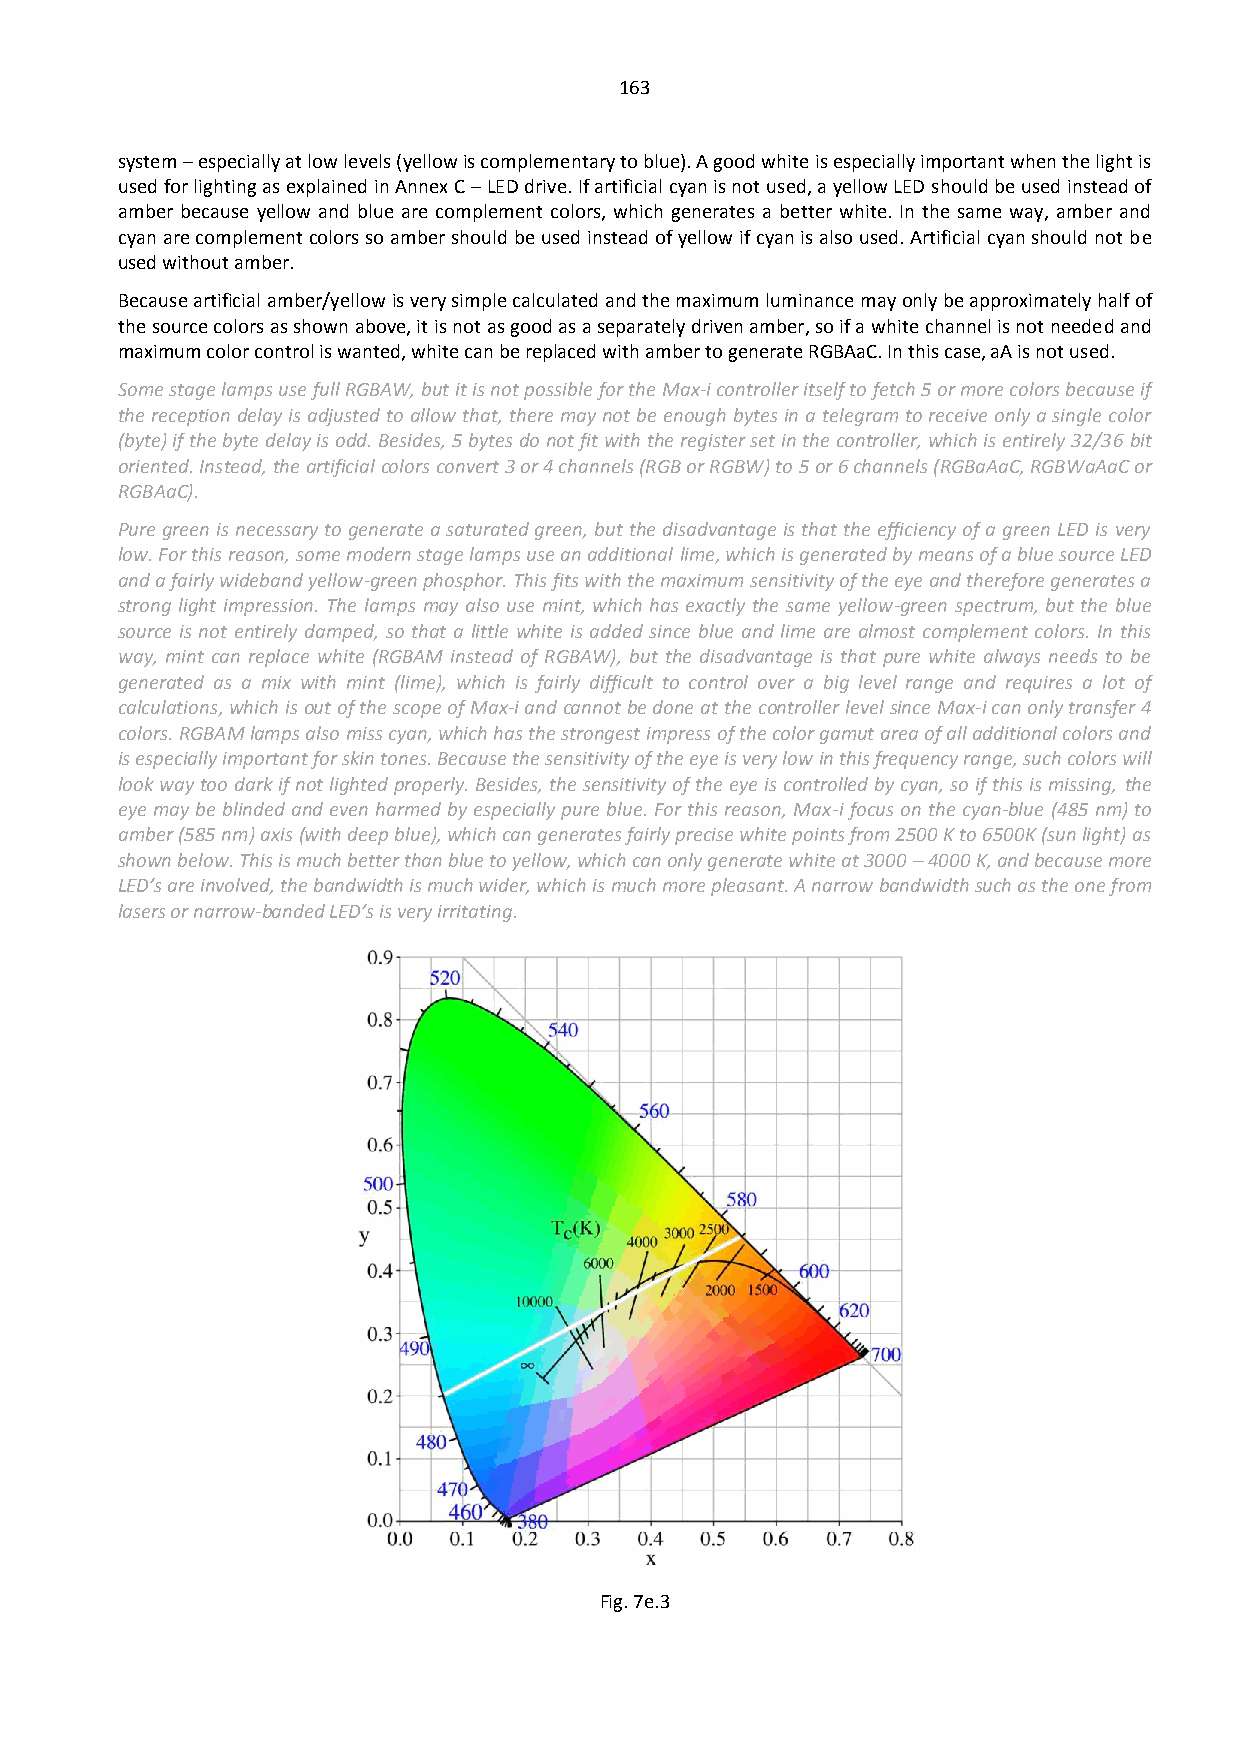
163
 system – especially at low levels (yellow is complementary to blue). A good white is especially important when the light is
 used for lighting as explained in Annex C – LED drive. If artificial cyan is not used, a yellow LED should be used instead of
 amber because yellow and blue are complement colors, which generates a better white. In the same way, amber and
 cyan are complement colors so amber should be used instead of yellow if cyan is also used. Artificial cyan should not be
 used without amber.
 Because artificial amber/yellow is very simple calculated and the maximum luminance may only be approximately half of
 the source colors as shown above, it is not as good as a separately driven amber, so if a white channel is not needed and
 maximum color control is wanted, white can be replaced with amber to generate RGBAaC. In this case, aA is not used.
 Some stage lamps use full RGBAW, but it is not possible for the Max-i controller itself to fetch 5 or more colors because if
 the reception delay is adjusted to allow that, there may not be enough bytes in a telegram to receive only a single color
 (byte) if the byte delay is odd. Besides, 5 bytes do not fit with the register set in the controller, which is entirely 32/36 bit
 oriented. Instead, the artificial colors convert 3 or 4 channels (RGB or RGBW) to 5 or 6 channels (RGBaAaC, RGBWaAaC or
 RGBAaC).
 Pure green is necessary to generate a saturated green, but the disadvantage is that the efficiency of a green LED is very
 low. For this reason, some modern stage lamps use an additional lime, which is generated by means of a blue source LED
 and a fairly wideband yellow-green phosphor. This fits with the maximum sensitivity of the eye and therefore generates a
 strong light impression. The lamps may also use mint, which has exactly the same yellow-green spectrum, but the blue
 source is not entirely damped, so that a little white is added since blue and lime are almost complement colors. In this
 way, mint can replace white (RGBAM instead of RGBAW), but the disadvantage is that pure white always needs to be
 generated as a mix with mint (lime), which is fairly difficult to control over a big level range and requires a lot of
 calculations, which is out of the scope of Max-i and cannot be done at the controller level since Max-i can only transfer 4
 colors. RGBAM lamps also miss cyan, which has the strongest impress of the color gamut area of all additional colors and
 is especially important for skin tones. Because the sensitivity of the eye is very low in this frequency range, such colors will
 look way too dark if not lighted properly. Besides, the sensitivity of the eye is controlled by cyan, so if this is missing, the
 eye may be blinded and even harmed by especially pure blue. For this reason, Max-i focus on the cyan-blue (485 nm) to
 amber (585 nm) axis (with deep blue), which can generates fairly precise white points from 2500 K to 6500K (sun light) as
 shown below. This is much better than blue to yellow, which can only generate white at 3000 – 4000 K, and because more
 LED’s are involved, the bandwidth is much wider, which is much more pleasant. A narrow bandwidth such as the one from
 lasers or narrow-banded LED’s is very irritating.
 Fig. 7e.3